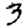
Digit: 3